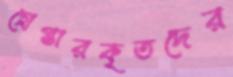
গ্রেপ্তারকৃতদের